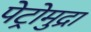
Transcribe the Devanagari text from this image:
पेट्रोमुद्रा